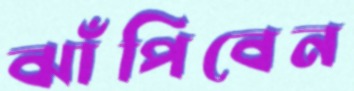
ঝাঁপিবেন